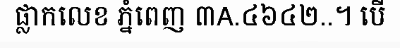
ផ្លាកលេខ ភ្នំពេញ ៣A.៤៦៤២..។ បើ